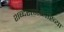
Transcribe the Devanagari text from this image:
शब्दरत्नव्याख्या